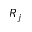
R _ { j }